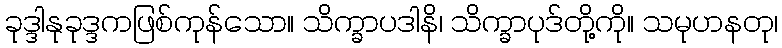
ခုဒ္ဒါနုခုဒ္ဒကဖြစ်ကုန်သော။ သိက္ခာပဒါနိ၊ သိက္ခာပုဒ်တို့ကို။ သမုဟနတု၊